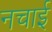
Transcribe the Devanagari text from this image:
नचाई